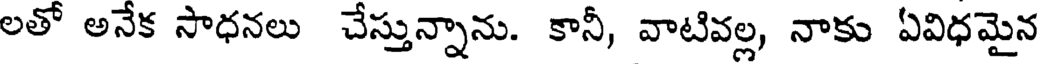
లతో అనేక సాధనలు చేస్తున్నాను. కానీ, వాటివల్ల, నాకు ఏవిధమైన